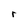
Character: r